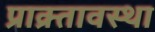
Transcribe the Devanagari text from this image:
प्राक्र्तावस्था